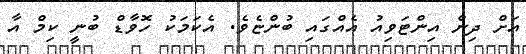
އަށް ދިން އިންޓަވިއު އެއްގައި ބުންޏެވެ. އެކަމަކު ހޮވާޑް ބުނީ ކިމް އާ